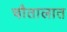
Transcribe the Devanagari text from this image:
चौतालात